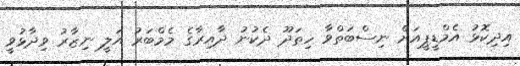
އިދިކޮޅު އެމްޑީޕީއަށް ނިސްބަތްވާ ހިތަދޫ ދެކުނު ދާއިރާގެ މެމްބަރު އަލީ ނިޒާރު ވިދާޅުވީ